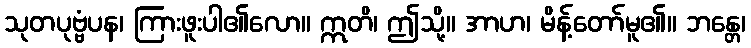
သုတပုဗ္ဗံပန၊ ကြားဖူးပါ၏လော။ ဣတိ၊ ဤသို့။ အာဟ၊ မိန့်တော်မူ၏။ ဘန္တေ၊